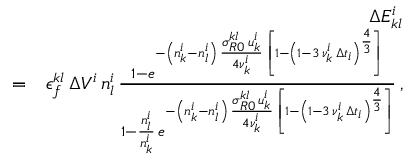
\begin{array} { r l r } & { } & { \Delta E _ { k l } ^ { i } } \\ & { = } & { \epsilon _ { f } ^ { k l } \, \Delta V ^ { i } \, n _ { l } ^ { i } \, \frac { 1 - e ^ { - \left( n _ { k } ^ { i } - n _ { l } ^ { i } \right) \, \frac { \sigma _ { R 0 } ^ { k l } \, u _ { k } ^ { i } } { 4 \nu _ { k } ^ { i } } \, \left[ 1 - \left( 1 - 3 \, \nu _ { k } ^ { i } \, \Delta t _ { i } \right) ^ { \frac { 4 } { 3 } } \right] } } { 1 - \frac { n _ { l } ^ { i } } { n _ { k } ^ { i } } \, e ^ { - \left( n _ { k } ^ { i } - n _ { l } ^ { i } \right) \, \frac { \sigma _ { R 0 } ^ { k l } \, u _ { k } ^ { i } } { 4 \nu _ { k } ^ { i } } \, \left[ 1 - \left( 1 - 3 \, \nu _ { k } ^ { i } \, \Delta t _ { i } \right) ^ { \frac { 4 } { 3 } } \right] } } \, , } \end{array}